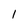
Character: l